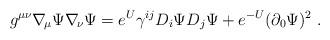
LaTeX: \begin{align*}g^{\mu\nu} \nabla_{\!\mu} \Psi \nabla_{\!\nu} \Psi = e^U \gamma^{ij}D_i\Psi D_j\Psi + e^{-U} (\partial_0\Psi)^2 \ . \end{align*}